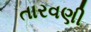
તારવણી